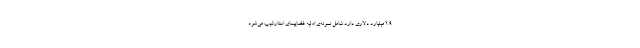
۲.۹ میلیارد دلاری دارد شامل نمونه‌ی اولیه فضاپیمای استارشیپ می‌شود